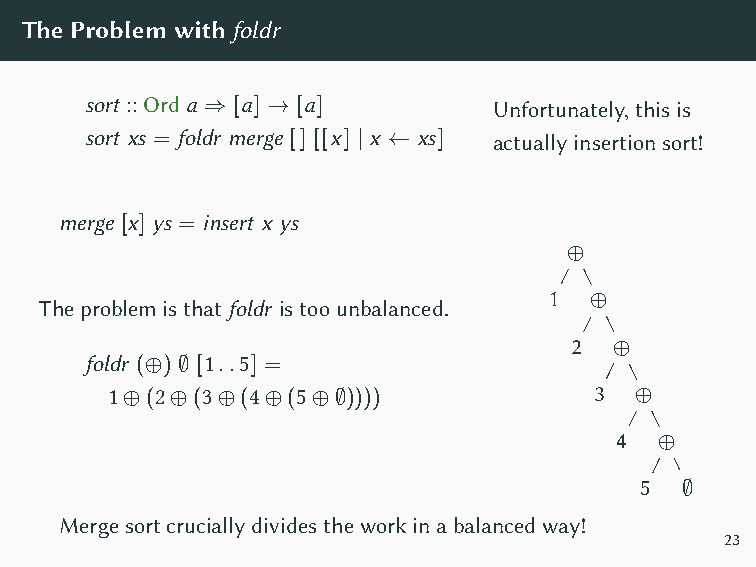
TheProblemwithfoldr
 sort ::Ord a ⇒ [a] → [a]   Unfortunately,thisis
 sort xs = foldr merge [] [[x] | x ← xs] actuallyinsertionsort!
 merge [x] ys = insert x ys
 ⊕
 Theproblemisthatfoldr istoounbalanced. 1 ⊕
 2  ⊕
 foldr (⊕) ∅ [1..5] =
 1⊕(2⊕(3⊕(4⊕(5⊕∅))))             3  ⊕
 4  ⊕
 5  ∅
 Mergesortcruciallydividestheworkinabalancedway!
 23